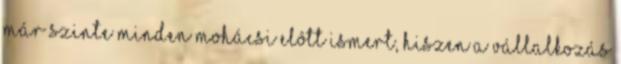
már szinte minden mohácsi elôtt ismert, hiszen a vállalkozás